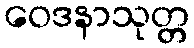
ဝေဒနာသုတ္တ